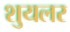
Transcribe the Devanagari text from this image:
शुयलर